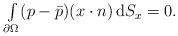
LaTeX: \begin{align*}\begin{array}{ll}\int\limits_{\partial\Omega} (p-\bar{p}) (x\cdot n) \,\mathrm{d}S_x =0.\end{array}\end{align*}